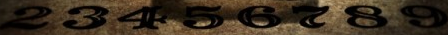
23456789